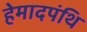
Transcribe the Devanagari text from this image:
हेमादपंथि